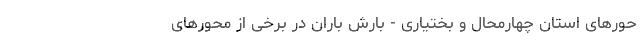
حور‌های استان چهارمحال و بختیاری - بارش باران در برخی از محور‌های